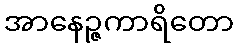
အာနေဉ္ဇကာရိတော